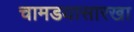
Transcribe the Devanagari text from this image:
चामडयासारखा